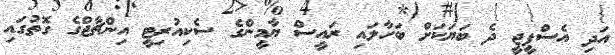
އަދި އެސްޕީޖީ ދެ ބަޔަަކަށް ބަހާލައި ރައީސް ޔާމީންގެ ސެކިއުރިޓީ އިންޗާޖްގެ ގޮތުގައި